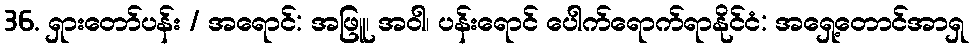
36. ရှားတော်ပန်း / အရောင်: အဖြူ၊ အဝါ၊ ပန်းရောင် ပေါက်ရောက်ရာနိုင်ငံ: အရှေ့တောင်အာရှ